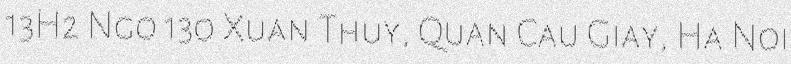
13H2 Ngo 130 Xuan Thuy, Quan Cau Giay, Ha Noi